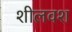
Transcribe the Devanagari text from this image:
शीलवश